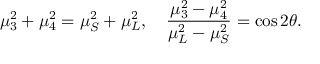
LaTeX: \mu _ { 3 } ^ { 2 } + \mu _ { 4 } ^ { 2 } = \mu _ { S } ^ { 2 } + \mu _ { L } ^ { 2 } , \quad \frac { \mu _ { 3 } ^ { 2 } - \mu _ { 4 } ^ { 2 } } { \mu _ { L } ^ { 2 } - \mu _ { S } ^ { 2 } } = { \cos 2 \theta } .